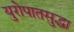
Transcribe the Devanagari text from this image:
युरोपातसुद्धा